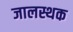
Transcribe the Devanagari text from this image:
जालस्थक